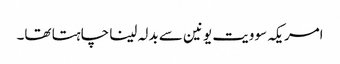
امریکہ سوویت یونین سے بدلہ لینا چاہتا تھا۔